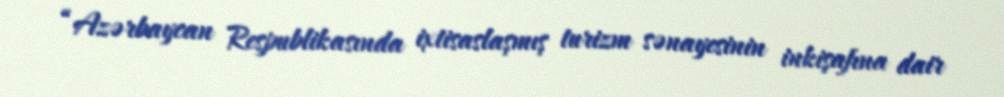
“Azərbaycan Respublikasında ixtisaslaşmış turizm sənayesinin inkişafına dair